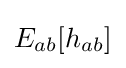
E_{ab}[h_{ab}]